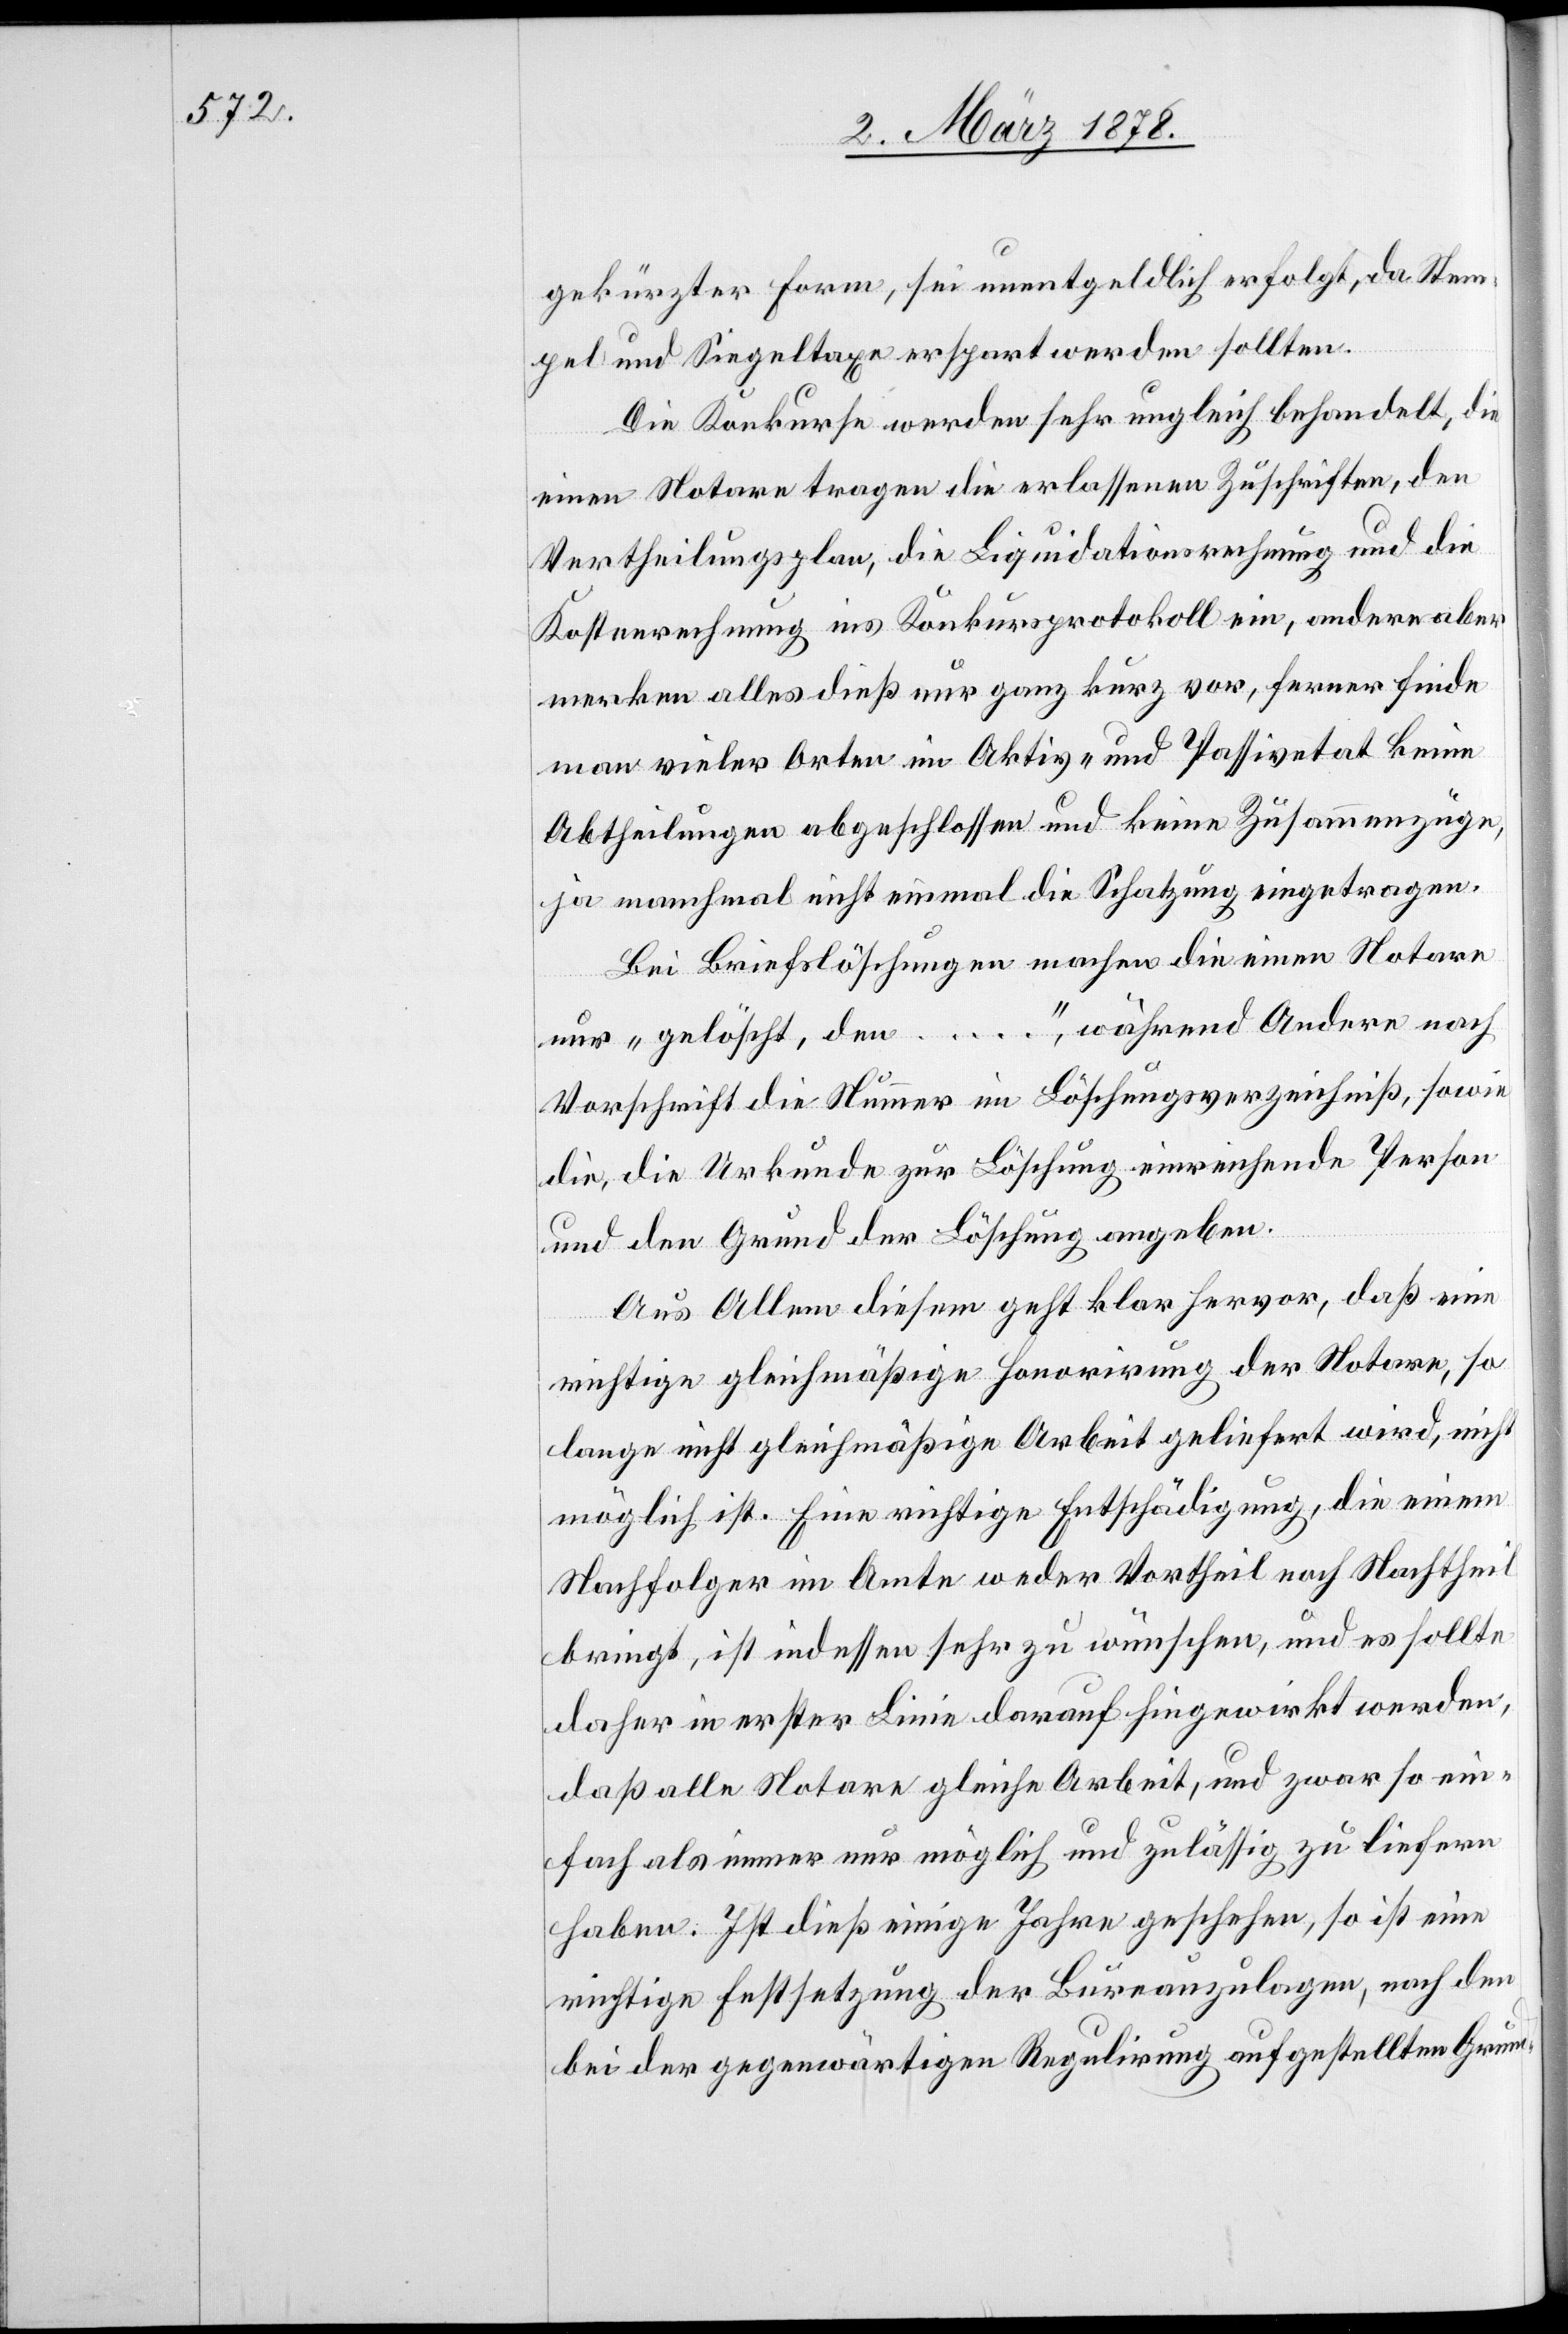
gekürzter Form, sei unentgeldlich erfolgt, da Stem¬
pel und Sigeltaxe erspart werden sollten.
Die Konkurse werden sehr ungleich behandelt, die
einen Notare tragen die erlassenen Zuschriften, den
Vertheilungsplan, die Liquidationsrechnung und die
Kostenrechnung ins Konkursprotokoll ein, andere aber
merken alles dieß nur ganz kurz vor, ferner finde
man vieler Orten im Aktiv- und Passivetat keine
Abtheilungen abgeschlossen und keine Zusammenzüge,
ja manchmal nicht einmal die Schatzung eingetragen.
Bei Briefslöschungen machen die einen Notare
nur „gelöscht, den …“, während Andere nach
Vorschrift die Nummer im Löschungsverzeichniß sowie
die, die Urkunde zur Löschung einrechnende Person
und den Grund der Löschung angeben.
Aus Allem diesem geht klar hervor, daß eine
richtige gleichmäßige Honorirung der Notare, so
lange nicht gleichmäßige Arbeit geliefert wird, nicht
möglich ist. Eine richtige Entschädigung, die einem
Nachfolger im Amte weder Vortheil noch Nachtheil
bringt, ist indessen sehr zu wünschen, und es sollte
daher in erster Linie darauf hingewirkt werden,
daß alle Notare gleiche Arbeit, und zwar so ein¬
fach als immer nur möglich und zulässig zu liefern
haben. Ist dieß einige Jahre geschehen, so ist eine
richtige Festsetzung der Bureauzulagen, nach den
bei der gegenwärtigen Regulirung aufgestellten Grund-